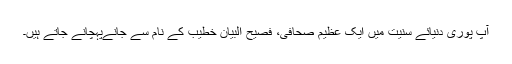
آپ پوری دنیائے سنیت میں ایک عظیم صحافی، فصیح البیان خطیب کے نام سے جانےپہچانے جاتے ہیں۔